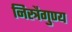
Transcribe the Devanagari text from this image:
निस्त्रैगुण्य